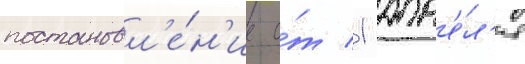
постановл'е́н'ие о́т 1 апр'е́л'я